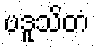
ပဒူသိတံ